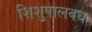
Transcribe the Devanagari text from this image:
शिशुपालबध